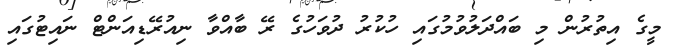
މީގެ އިތުރުން މި ބައްދަލުވުމުގައި ހުކުރު ދުވަހުގެ ރޭ ބާއްވާ ނިއުރޭޑިއަންޓް ނައިޓުގައި